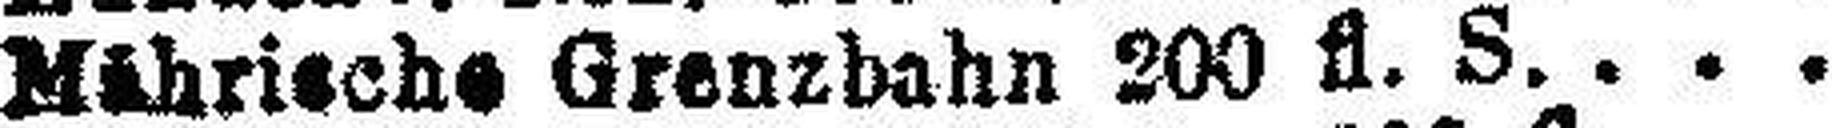
Mährische Grenzbahn 200 fl. S.